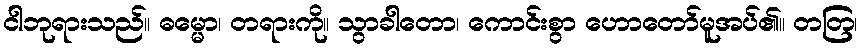
ငါဘုရားသည်။ ဓမ္မော၊ တရားကို။ သွာခါတော၊ ကောင်းစွာ ဟောတော်မူအပ်၏။ တတြ၊